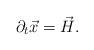
LaTeX: \begin{align*}\partial_t \vec{x}= \vec{H}.\end{align*}